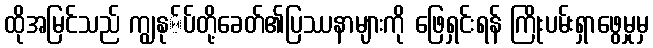
ထိုအမြင်သည် ကျွနု်ပ်တို့ခေတ်၏ပြဿနာများကို ဖြေရှင်းရန် ကြိုးပမ်းရှာဖွေမှုမှ